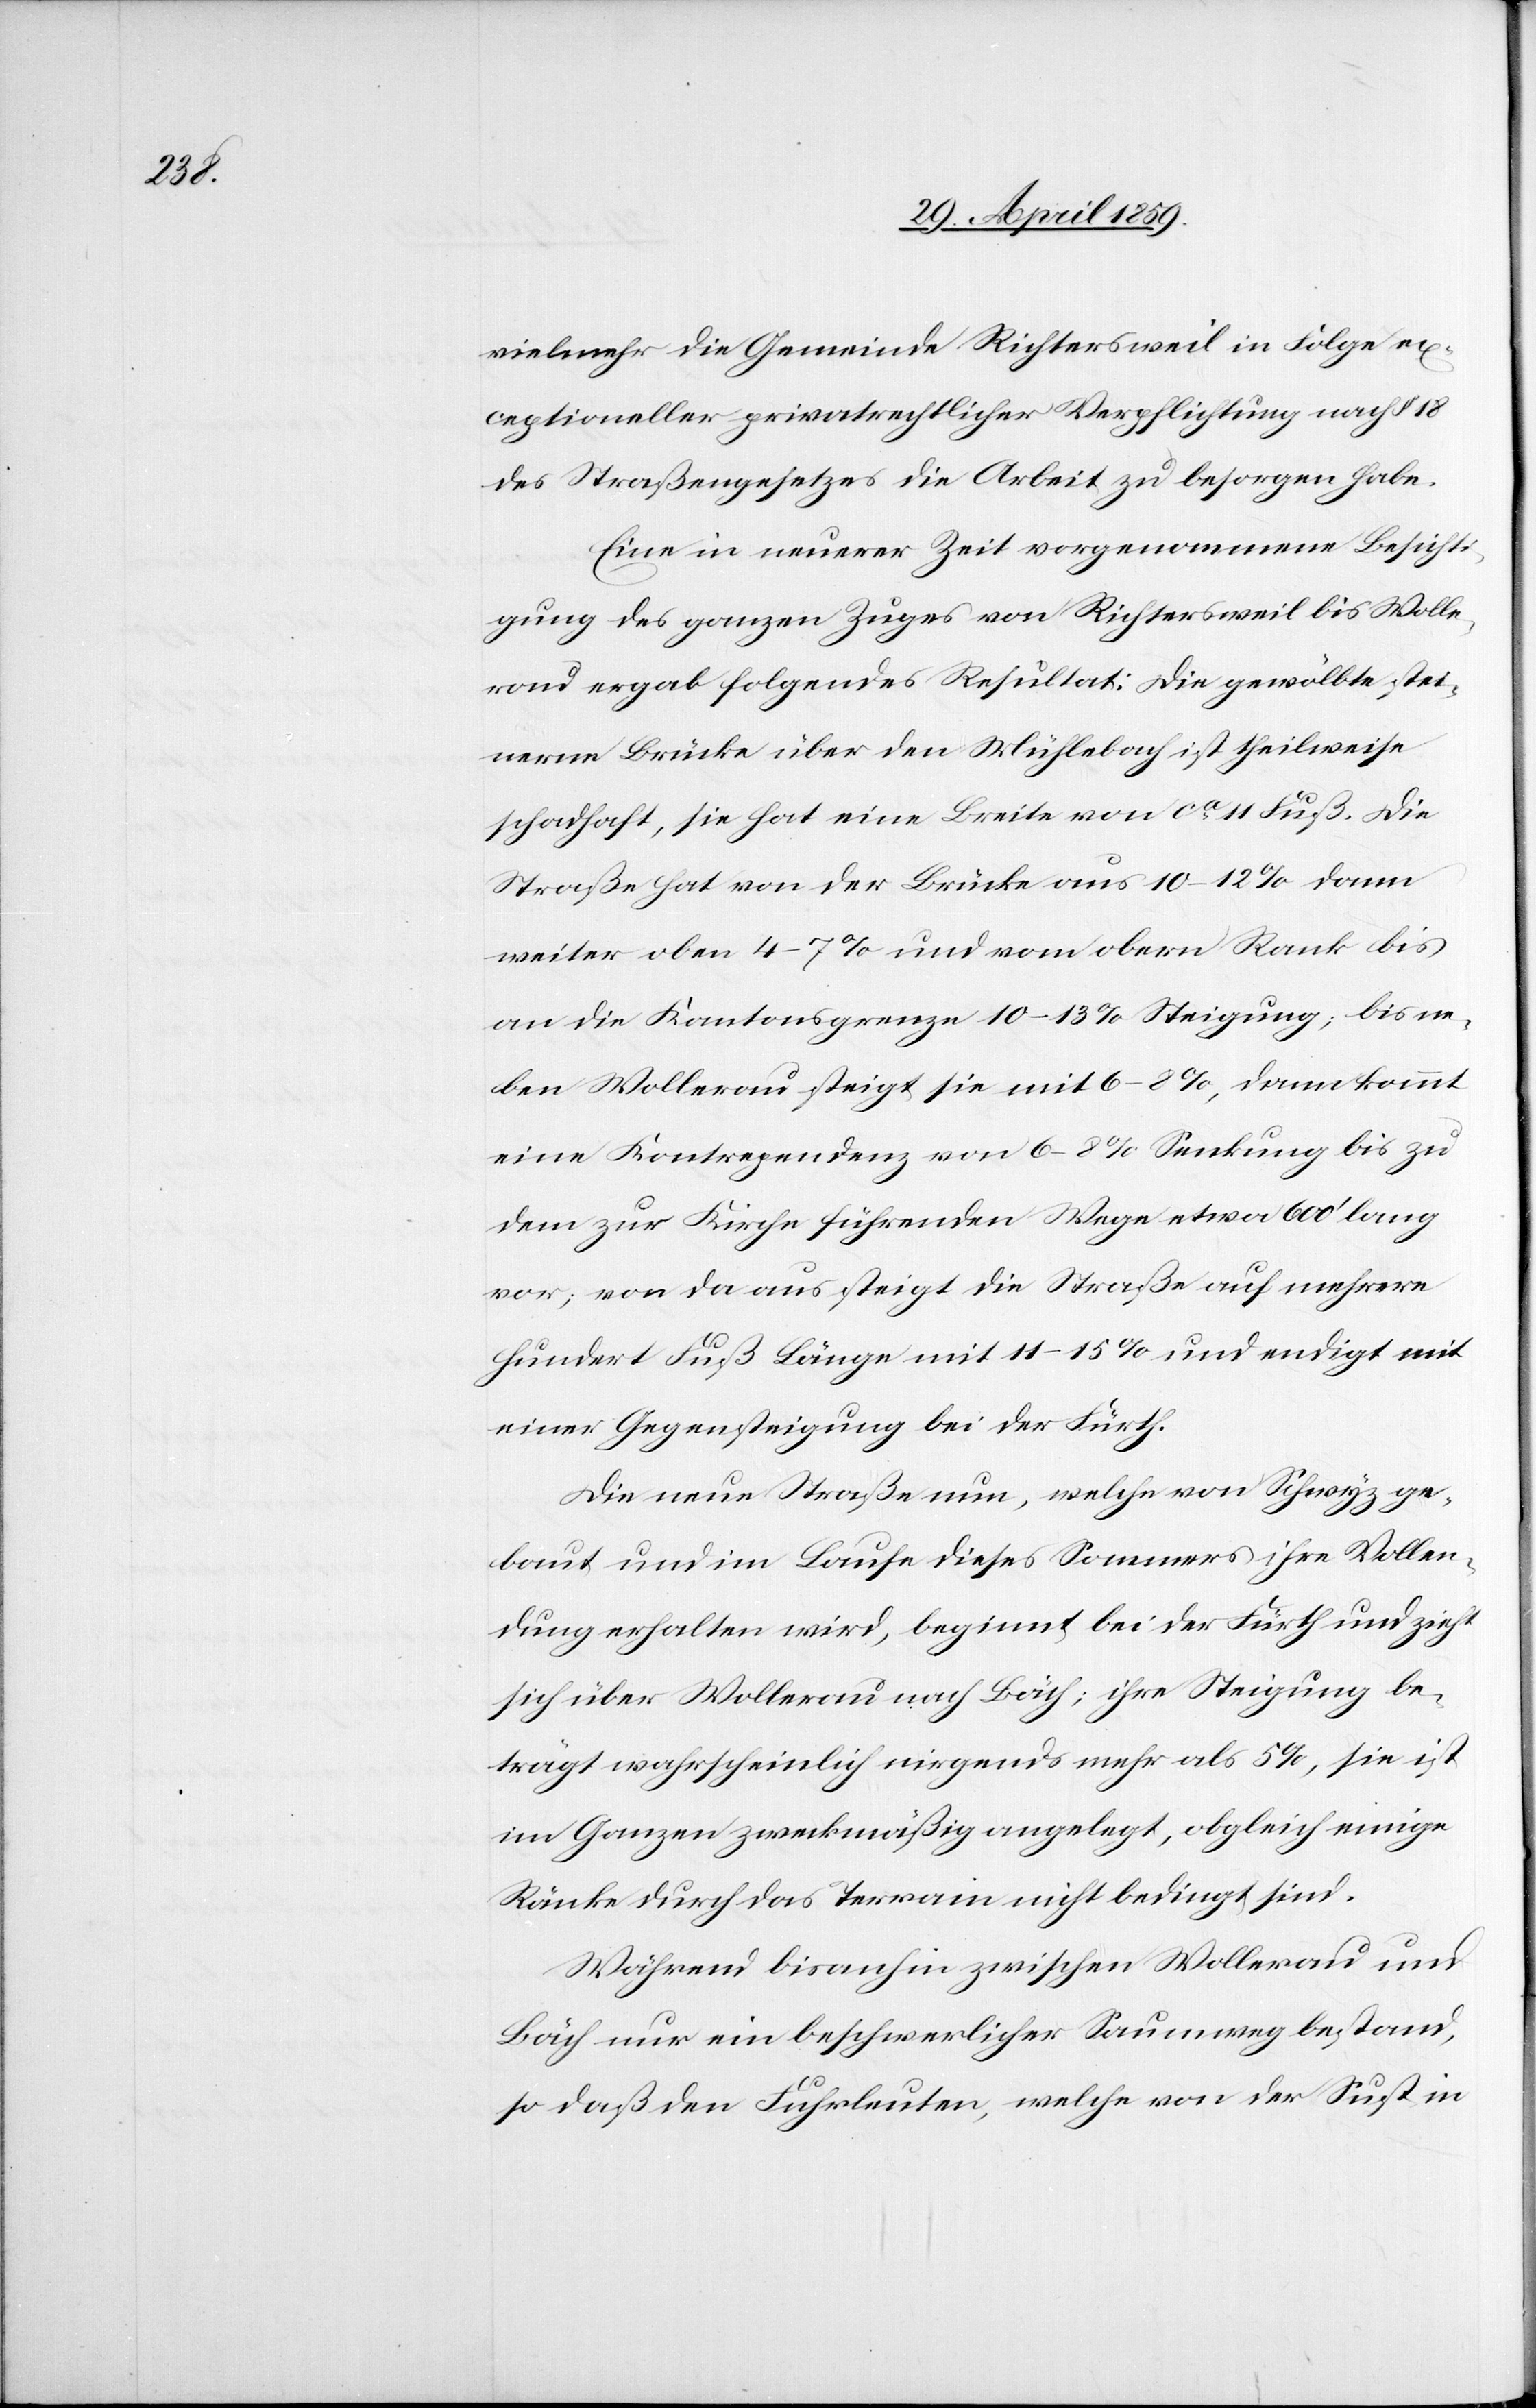
vielmehr die Gemeinde Richtersweil in Folge ex¬
ceptioneller privatrechtlicher Verpflichtungen nach § 18
des Straßengesetzes die Arbeit zu besorgen habe.
Eine in neuerer Zeit vorgenommene Besichti¬
gung des ganzen Zuges von Richtersweil bis Wolle¬
rau ergab folgendes Resultat: die gewölbte stei¬
nerne Brücke über den Mühlebach ist theilweise
schadhaft, sie hat eine Breite von ca 11 Fuß. Die
Straße hat von der Brücke aus 10(12% dann
weiter oben 4(7% und vom obern Rank bis
an die Kantonsgrenze 10(13% Steigung; bis ne¬
ben Wollerau steigt sie mit 6(8%, dann kommt
eine Kontrependenz von 6(8% Senkung bis zu
dem zur Kirche führenden Wege etwa 600‘ lang
vor; von da aus steigt die Straße auf mehrere
hundert Fuß Länge mit 11(15% und endigt mit
einer Gegensteigung bei der Fürth.
Die neue Straße nun, welche von Schwyz ge¬
baut und im Laufe dieses Sommers ihre Vollen¬
dung erhalten wird, beginnt bei der Fürth und zieht
sich über Wollerau nach Bäch; ihre Steigung be¬
trägt wahrscheinlich nirgends mehr als 5%, sie ist
im Ganzen zweckmäßig angelegt, obgleich einige
Ränke durch das Terrain nicht bedingt sind.
Während bisanhin zwischen Wollerau und
Bäch nur ein beschwerlicher Saumweg bestand,
so daß den Fuhrleuten, welche von der Sust in